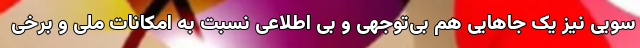
سویی نیز یک جاهایی هم بی‌توجهی و بی اطلاعی نسبت به امکانات ملی و برخی